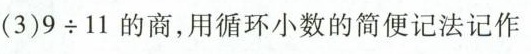
(3)$$9 \div 1 1$$的商，用循环小数的简便记法记作